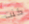
كنت